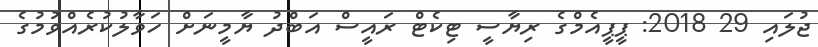
ޖުލައި 29 2018: ޕީޕީއެމްގެ ރިޔާސީ ޓިކެޓް ރައީސް އަބްދު ޔާމީނަށް ހަވާލުކުރެއްވުމުގެ